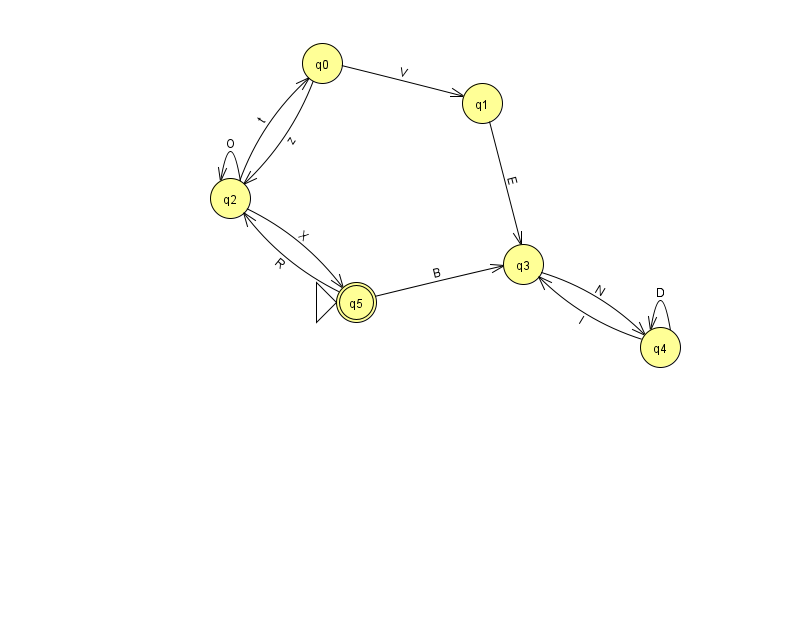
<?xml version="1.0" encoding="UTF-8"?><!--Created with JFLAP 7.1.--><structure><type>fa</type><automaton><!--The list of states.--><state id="0" name="q0"><x>322.0</x><y>50.0</y></state><state id="1" name="q1"><x>482.0</x><y>90.0</y></state><state id="2" name="q2"><x>230.0</x><y>185.0</y></state><state id="3" name="q3"><x>523.0</x><y>251.0</y></state><state id="4" name="q4"><x>660.0</x><y>334.0</y></state><state id="5" name="q5"><x>356.0</x><y>289.0</y><initial/><final/></state><!--The list of transitions.--><transition><from>1</from><to>3</to><read>E</read></transition><transition><from>5</from><to>2</to><read>R</read></transition><transition><from>4</from><to>4</to><read>D</read></transition><transition><from>0</from><to>2</to><read>z</read></transition><transition><from>4</from><to>3</to><read>l</read></transition><transition><from>5</from><to>3</to><read>B</read></transition><transition><from>3</from><to>4</to><read>N</read></transition><transition><from>0</from><to>1</to><read>V</read></transition><transition><from>2</from><to>0</to><read>t</read></transition><transition><from>2</from><to>5</to><read>X</read></transition><transition><from>2</from><to>2</to><read>O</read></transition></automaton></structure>